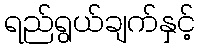
ရည်ရွယ်ချက်နှင့်